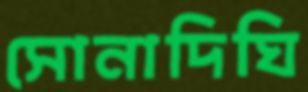
সোনাদিঘি